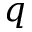
q